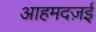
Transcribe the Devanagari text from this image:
आहमदज़ई